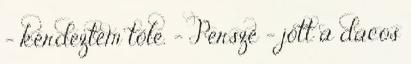
– kérdeztem tőle. – Persze – jött a dacos